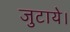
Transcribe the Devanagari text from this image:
जुटाये।